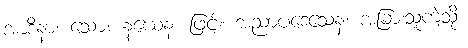
အာဒိနာ၊ သော။ နယေန၊ ဖြင့်။ အညာပဒေသေန၊ အခြားသူကဲ့သို့